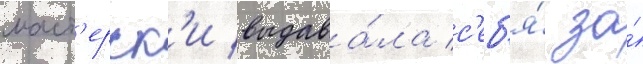
маст'ерск'и выдава́ла с'еб'я́ за́